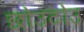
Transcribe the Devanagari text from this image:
छोउटोउ